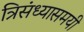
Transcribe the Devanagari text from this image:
त्रिसंध्यासमयी